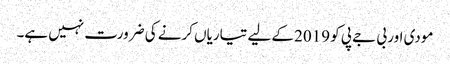
مودی اور بی جے پی کو 2019 کے لیے تیاریاں کرنے کی ضرورت نہیں ہے۔